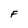
Character: F